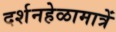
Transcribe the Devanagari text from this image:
दर्शनहेळामात्रें